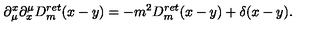
\partial _ { \mu } ^ { x } \partial _ { x } ^ { \mu } D _ { m } ^ { r e t } ( x - y ) = - m ^ { 2 } D _ { m } ^ { r e t } ( x - y ) + \delta ( x - y ) .